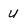
Character: u